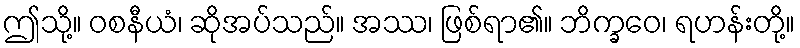
ဤသို့။ ဝစနီယံ၊ ဆိုအပ်သည်။ အဿ၊ ဖြစ်ရာ၏။ ဘိက္ခဝေ၊ ရဟန်းတို့။